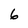
Character: 6